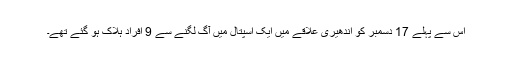
اس سے پہلے 17 دسمبر کو اندھیری علاقے میں ایک اسپتال میں آگ لگنے سے 9 افراد ہلاک ہو گئے تھے۔